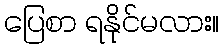
ပြေစာ ရနိုင်မလား။